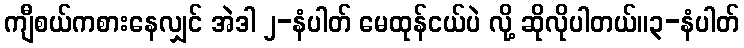
ကျီစယ်ကစားနေလျှင် အဲဒါ ၂-နံပါတ် မေထုန်ငယ်ပဲ လို့ ဆိုလိုပါတယ်။၃-နံပါတ်